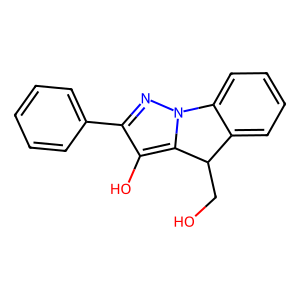
SMILES: OCC1c2ccccc2-n2nc(-c3ccccc3)c(O)c21
Inhibits HIV replication: No